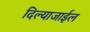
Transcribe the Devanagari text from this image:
दिल्याजाईल